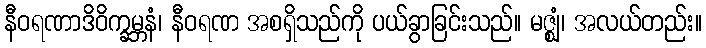
နီဝရဏာဒိဝိက္ခမ္ဘနံ၊ နီဝရဏ အစရှိသည်ကို ပယ်ခွာခြင်းသည်။ မဇ္ဈံ၊ အလယ်တည်း။